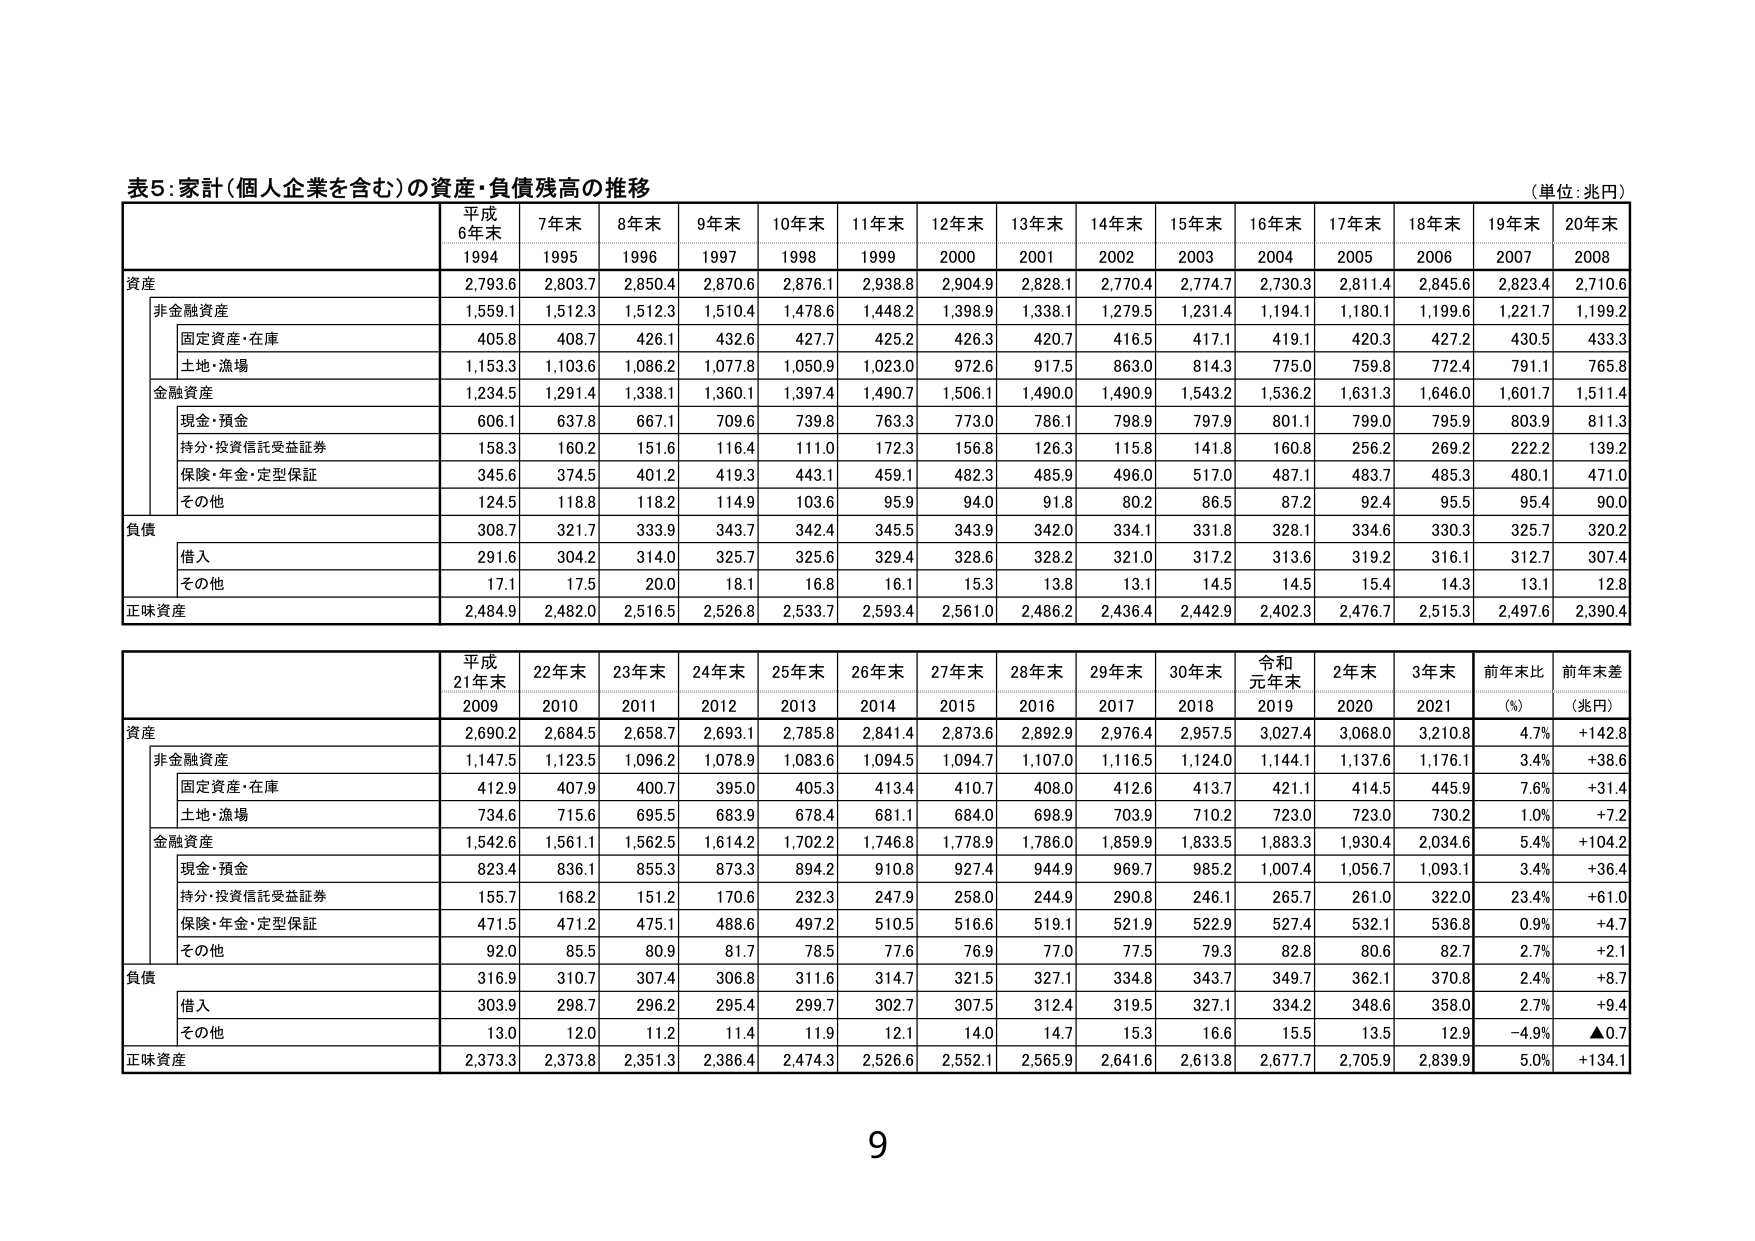
表5：家計（個人企業を含む）の資産・負債残高の推移
（単位：兆円）

平成
6年末
7年末
8年末
9年末
10年末
11年末
12年末
13年末
14年末
15年末
16年末
17年末
18年末
19年末
20年末
1994
1995
1996
1997
1998
1999
2000
2001
2002
2003
2004
2005
2006
2007
2008

資産
2,793.6
2,803.7
2,850.4
2,870.6
2,876.1
2,938.8
2,904.9
2,828.1
2,770.4
2,774.7
2,730.3
2,811.4
2,845.6
2,823.4
2,710.6

　非金融資産
1,559.1
1,512.3
1,512.3
1,510.4
1,478.6
1,448.2
1,398.9
1,338.1
1,279.5
1,231.4
1,194.1
1,180.1
1,199.6
1,221.7
1,199.2

　　固定資産・在庫
405.8
408.7
426.1
432.6
427.7
425.2
426.3
420.7
416.5
417.1
419.1
420.3
427.2
430.5
433.3

　　土地・漁場
1,153.3
1,103.6
1,086.2
1,077.8
1,050.9
1,023.0
972.6
917.5
863.0
814.3
775.0
759.8
772.4
791.1
765.8

　金融資産
1,234.5
1,291.4
1,338.1
1,360.1
1,397.4
1,490.7
1,506.1
1,490.0
1,490.9
1,543.2
1,536.2
1,631.3
1,646.0
1,601.7
1,511.4

　　現金・預金
606.1
637.8
667.1
709.6
739.8
763.3
773.0
786.1
798.9
797.9
801.1
799.0
795.9
803.9
811.3

　　持分・投資信託受益証券
158.3
160.2
151.6
116.4
111.0
172.3
156.8
126.3
115.8
141.8
160.8
256.2
269.2
222.2
139.2

　　保険・年金・定型保証
345.6
374.5
401.2
419.3
443.1
459.1
482.3
485.9
496.0
517.0
487.1
483.7
485.3
480.1
471.0

　　その他
124.5
118.8
118.2
114.9
103.6
95.9
94.0
91.8
80.2
86.5
87.2
92.4
95.5
95.4
90.0

負債
308.7
321.7
333.9
343.7
342.4
345.5
343.9
342.0
334.1
331.8
328.1
334.6
330.3
325.7
320.2

　借入
291.6
304.2
314.0
325.7
325.6
329.4
328.6
328.2
321.0
317.2
313.6
319.2
316.1
312.7
307.4

　その他
17.1
17.5
20.0
18.1
16.8
16.1
15.3
13.8
13.1
14.5
14.5
15.4
14.3
13.1
12.8

正味資産
2,484.9
2,482.0
2,516.5
2,526.8
2,533.7
2,593.4
2,561.0
2,486.2
2,436.4
2,442.9
2,402.3
2,476.7
2,515.3
2,497.6
2,390.4

平成
21年末
22年末
23年末
24年末
25年末
26年末
27年末
28年末
29年末
30年末
令和
元年末
2年末
3年末
前年末比
前年末差
2009
2010
2011
2012
2013
2014
2015
2016
2017
2018
2019
2020
2021
(%)
(兆円)

資産
2,690.2
2,684.5
2,658.7
2,693.1
2,785.8
2,841.4
2,873.6
2,892.9
2,976.4
2,957.5
3,027.4
3,068.0
3,210.8
4.7%
+142.8

　非金融資産
1,147.5
1,123.5
1,096.2
1,078.9
1,083.6
1,094.5
1,094.7
1,107.0
1,116.5
1,124.0
1,144.1
1,137.6
1,176.1
3.4%
+38.6

　　固定資産・在庫
412.9
407.9
400.7
395.0
405.3
413.4
410.7
408.0
412.6
413.7
421.1
414.5
445.9
7.6%
+31.4

　　土地・漁場
734.6
715.6
695.5
683.9
678.4
681.1
684.0
698.9
703.9
710.2
723.0
723.0
730.2
1.0%
+7.2

　金融資産
1,542.6
1,561.1
1,562.5
1,614.2
1,702.2
1,746.8
1,778.9
1,786.0
1,859.9
1,833.5
1,883.3
1,930.4
2,034.6
5.4%
+104.2

　　現金・預金
823.4
836.1
855.3
873.3
894.2
910.8
927.4
944.9
969.7
985.2
1,007.4
1,056.7
1,093.1
3.4%
+36.4

　　持分・投資信託受益証券
155.7
168.2
151.2
170.6
232.3
247.9
258.0
244.9
290.8
246.1
265.7
261.0
322.0
23.4%
+61.0

　　保険・年金・定型保証
471.5
471.2
475.1
488.6
497.2
510.5
516.6
519.1
521.9
522.9
527.4
532.1
536.8
0.9%
+4.7

　　その他
92.0
85.5
80.9
81.7
78.5
77.6
76.9
77.0
77.5
79.3
82.8
80.6
82.7
2.7%
+2.1

負債
316.9
310.7
307.4
306.8
311.6
314.7
321.5
327.1
334.8
343.7
349.7
362.1
370.8
2.4%
+8.7

　借入
303.9
298.7
296.2
295.4
299.7
302.7
307.5
312.4
319.5
327.1
334.2
348.6
358.0
2.7%
+9.4

　その他
13.0
12.0
11.2
11.4
11.9
12.1
14.0
14.7
15.3
16.6
15.5
13.5
12.9
-4.9%
▲0.7

正味資産
2,373.3
2,373.8
2,351.3
2,386.4
2,474.3
2,526.6
2,552.1
2,565.9
2,641.6
2,613.8
2,677.7
2,705.9
2,839.9
5.0%
+134.1

9